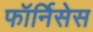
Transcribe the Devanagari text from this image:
फॉर्निसेस